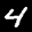
Label: 4